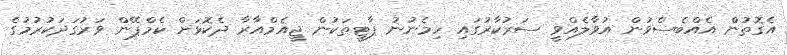
އެގޮތުންް އެއްބެސްވުން އުވާލެއްވީ ސަރުކާރުގައި ހިމެނުނު ޕާޓީތަކުން ޖީއެމްއާރާ ދެކޮޅަށް ކެމްޕޭން ވަރުގަދަކުރުމުގެ